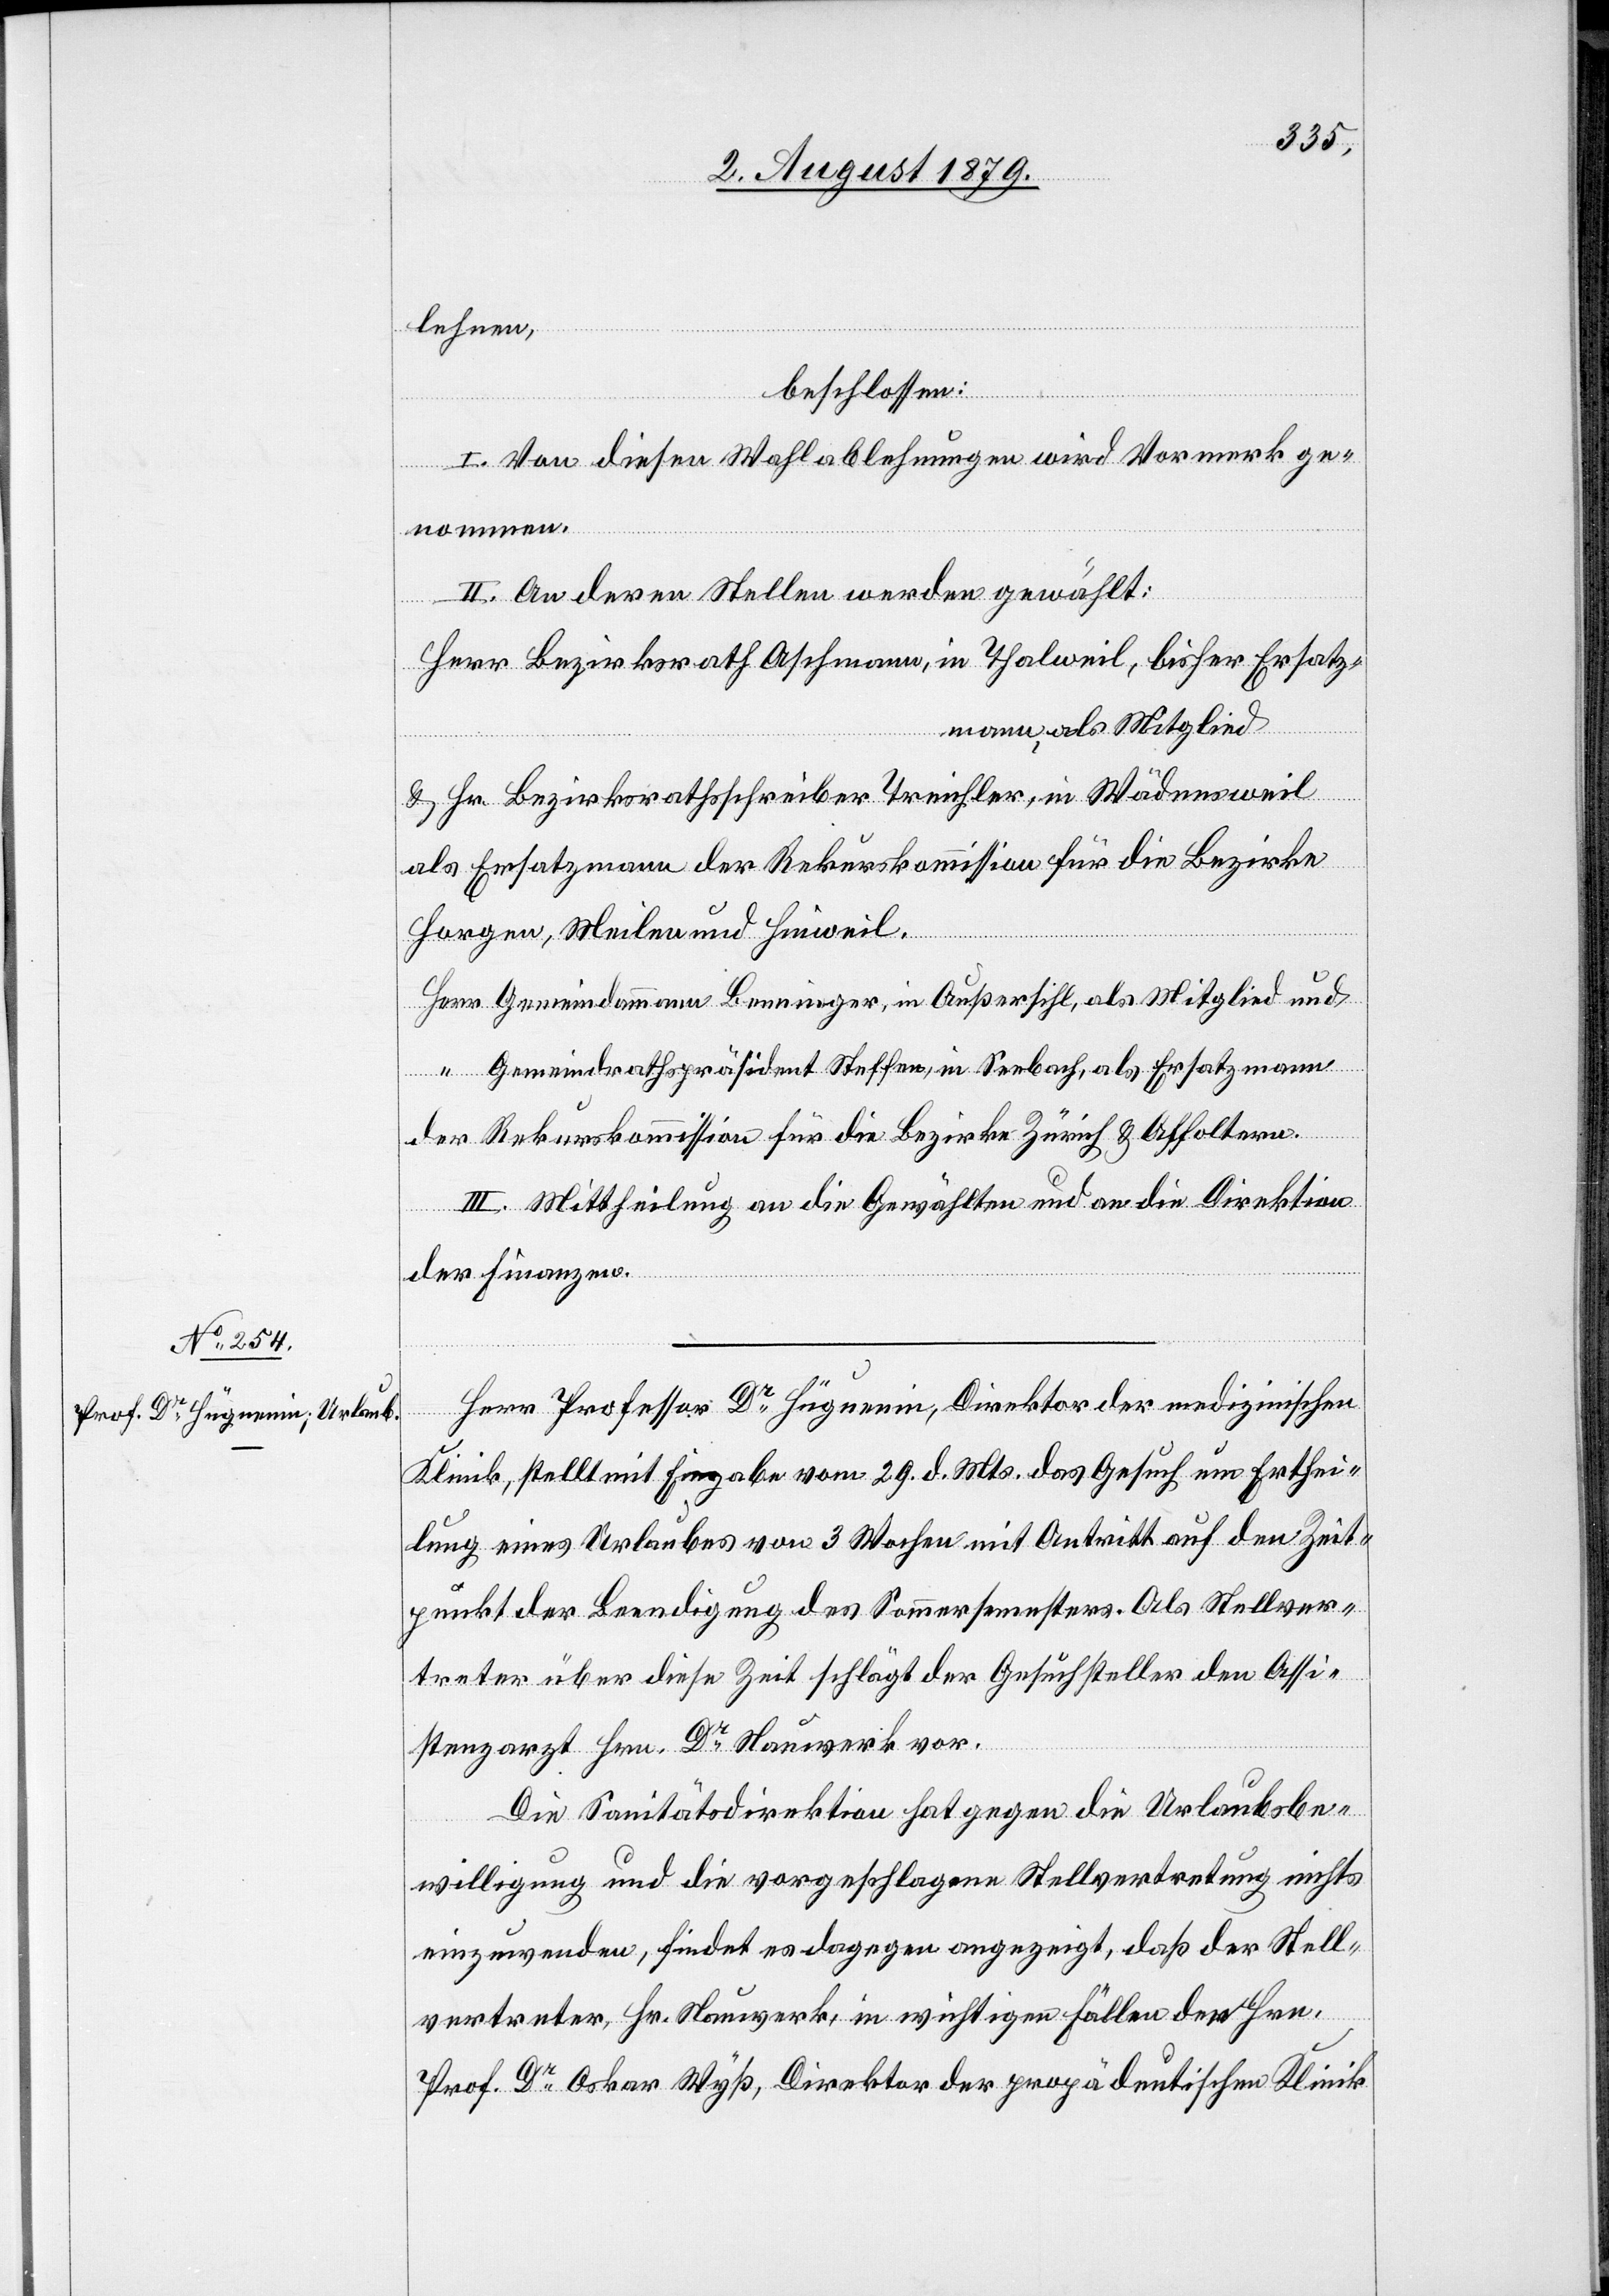
lehnen,
beschlossen:
I. Von diesen Wahlablehnungen wird Vormerk ge¬
nommen.
II. An deren Stellen werden gewählt:
Herr Bezirksrath Aschmann, in Thalweil, bisher Ersatz¬
mann, als Mitglied
& Herr Bezirksrathsschreiber Treichler, in Wädensweil
als Ersatzmann der Rekurskommission für die Bezirke
Horgen, Meilen und Hinweil.
Herr Gemeindammann Beeninger, in Außersihl, als Mitglied und
“ Gemeindrathspräsident Steffen, in Seebach, als Ersatzmann
der Rekurskommission für die Bezirke Zürich & Affoltern.
III. Mittheilung an die Gewählten und an die Direktion
der Finanzen.
Herr Professor Dr Hüguenin, Direktor der medizinischen
Klinik, stellt mit Eingabe vom 29. d. Mts. das Gesuch um Erthei¬
lung eines Urlaubes von 3 Wochen mit Antritt auf den Zeit¬
punkt der Beendigung des Sommersemesters. Als Stellver¬
treter über diese Zeit schlägt der Gesuchsteller den Assi¬
stenzarzt Hrn. Dr Nauwerk vor.
Die Sanitätsdirektion hat gegen die Urlaubsbe¬
willigung und die vorgeschlagene Stellvertretung nichts
einzuwenden, findet es dagegen angezeigt, daß der Stell¬
vertreter, Hr. Nauwerk, in wichtigen Fällen den Hrn.
Prof. Dr Oskar Wyß, Direktor des propädeutischen Klinik